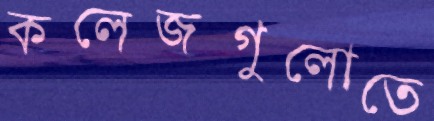
কলেজগুলোতে